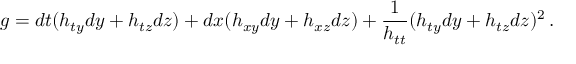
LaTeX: g = d t ( h _ { t y } d y + h _ { t z } d z ) + d x ( h _ { x y } d y + h _ { x z } d z ) + { \frac { 1 } { h _ { t t } } } ( h _ { t y } d y + h _ { t z } d z ) ^ { 2 } \, .